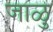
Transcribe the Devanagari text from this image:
जाळु